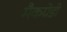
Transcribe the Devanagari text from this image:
मैकग्रेडी